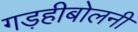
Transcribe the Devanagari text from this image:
गड़हीबोलनी